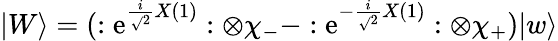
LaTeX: |W\rangle=(:\mathrm{e}^{\frac{{i}}{{\sqrt{}{{2}}}}X(1)}:\otimes\chi_{-}-:\mathrm{e}^{-\frac{{i}}{{\sqrt{}{{2}}}}X(1)}:\otimes\chi_{+})|w\rangle